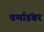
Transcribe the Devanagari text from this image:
वर्णाडंबर